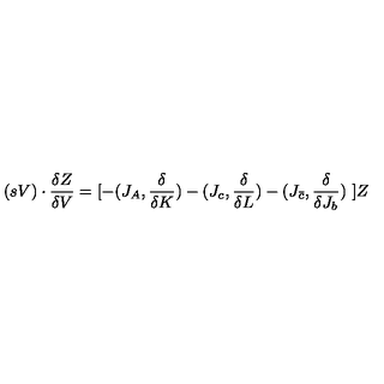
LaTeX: ( s V ) \cdot { \frac { \delta Z } { \delta V } } = [ - ( J _ { A } , { \frac { \delta } { \delta K } } ) - ( J _ { c } , { \frac { \delta } { \delta L } } ) - ( J _ { \bar { c } } , { \frac { \delta } { \delta J _ { b } } } ) \ ] Z